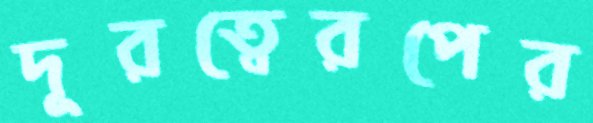
দূরত্বেরপের